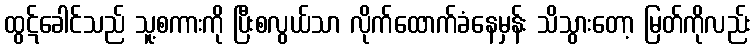
ထွဋ်ခေါင်သည် သူ့စကားကို ပြီးစလွယ်သာ လိုက်ထောက်ခံနေမှန်း သိသွားတော့ မြတ်ကိုလည်း